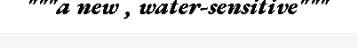
"""a new , water-sensitive"""